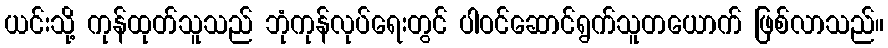
ယင်းသို့ ကုန်ထုတ်သူသည် ဘုံကုန်လုပ်ရေးတွင် ပါဝင်ဆောင်ရွက်သူတယောက် ဖြစ်လာသည်။